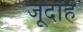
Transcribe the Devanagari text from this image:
जूदाह